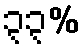
၃၃%